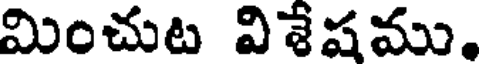
మించుట విశేషము.